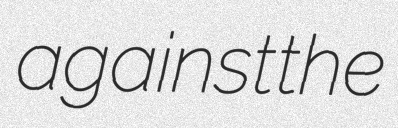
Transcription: against the